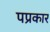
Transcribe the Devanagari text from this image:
पप्रकार